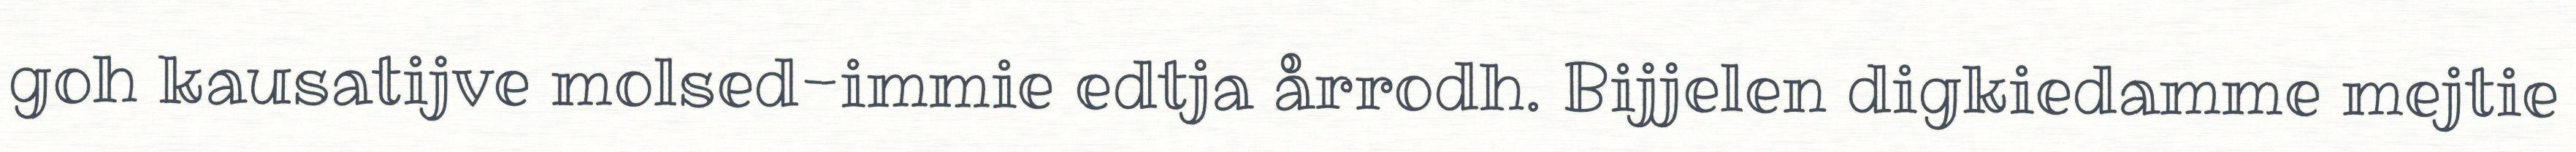
goh kausatijve molsed-immie edtja årrodh. Bijjelen digkiedamme mejtie